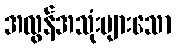
အလွန်အသုံးများသော